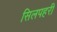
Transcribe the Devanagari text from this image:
सिलपहरी